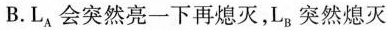
B.L_{A}会突然亮一下再熄灭，L_{B}突然熄灭